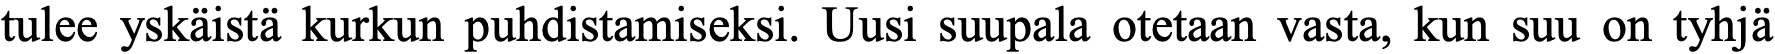
tulee yskäistä kurkun puhdistamiseksi. Uusi suupala otetaan vasta, kun suu on tyhjä